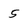
Character: 5